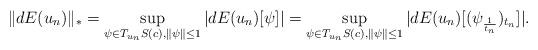
LaTeX: \begin{align*}\|dE(u_n)\|_*=\sup_{\psi \in T_{u_n}S(c), \|\psi\|\leq 1}|dE(u_n)[\psi]|=\sup_{\psi \in T_{u_n}S(c), \|\psi\|\leq 1} |dE(u_n)[(\psi_{\frac{1}{t_n}})_{t_n}]|.\end{align*}